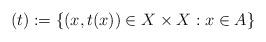
LaTeX: \begin{align*}(t):=\{(x,t(x))\in X\times X:x\in A\}\end{align*}